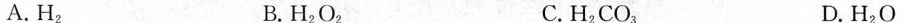
A.H_{2} B.H_{2}O_{2} C.H_{2}CO_{3} D.H_{2}O